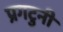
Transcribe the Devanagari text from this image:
प्रगटुनी